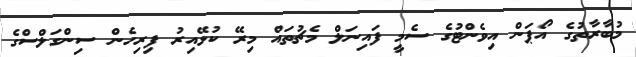
މުބާރާތުގެ އޯޕަން އިވެންޓުގެ ސެމީ ފައިނަލް މެޗުތައް މިރޭ ކުޅޭއިރު ފިރިހެން ސިންގަލްސްގެ